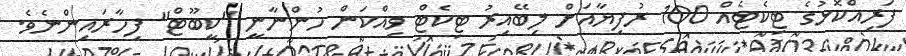
ފަރިއްކޮޅުގެ ޓިކެޓެއް 100 ރުފިޔާއަށް ލިބޭއިރު ޓިކެޓް ވިއްކަން ހުންނާނީ "ކީބޫޓް" ފިހާރައިންނެވެ.